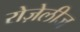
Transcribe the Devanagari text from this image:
रोज़ेलीज